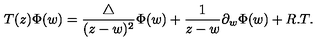
T ( z ) \Phi ( w ) = \frac { \bigtriangleup } { ( z - w ) ^ { 2 } } \Phi ( w ) + \frac { 1 } { z - w } \partial _ { w } { \Phi ( w ) } + R . T .